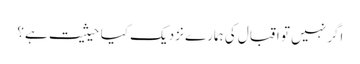
اگر نہیں تو اقبال کی ہمارے نزدیک کیا حیثیت ہے؟